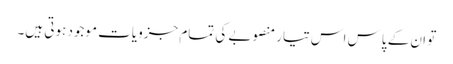
تو ان کے پاس اس تیار منصوبے کی تمام جزویات موجود ہوتی ہیں۔